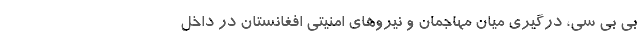
بی بی سی، درگیری میان مهاجمان و نیروهای امنیتی افغانستان در داخل